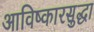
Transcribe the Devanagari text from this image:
आविष्कारसुद्धा